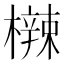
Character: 𬅀